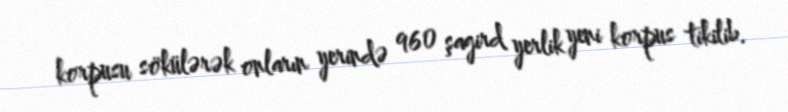
korpusu sökülərək onların yerində 960 şagird yerlik yeni korpus tikilib.